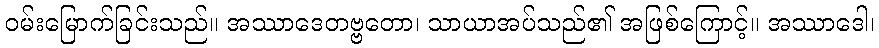
ဝမ်းမြောက်ခြင်းသည်။ အဿာဒေတဗ္ဗတော၊ သာယာအပ်သည်၏ အဖြစ်ကြောင့်။ အဿာဒေါ၊